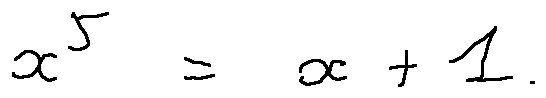
x ^ { 5 } = x + 1